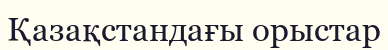
Қазақстандағы орыстар